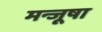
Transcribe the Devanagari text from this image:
मन्जूषा